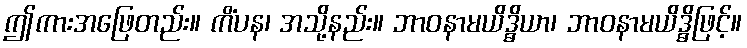
ဤကားအဖြေတည်း။ ကိံပန၊ အသို့နည်း။ ဘာဝနာမယိဒ္ဓိယာ၊ ဘာဝနာမယိဒ္ဓိဖြင့်။